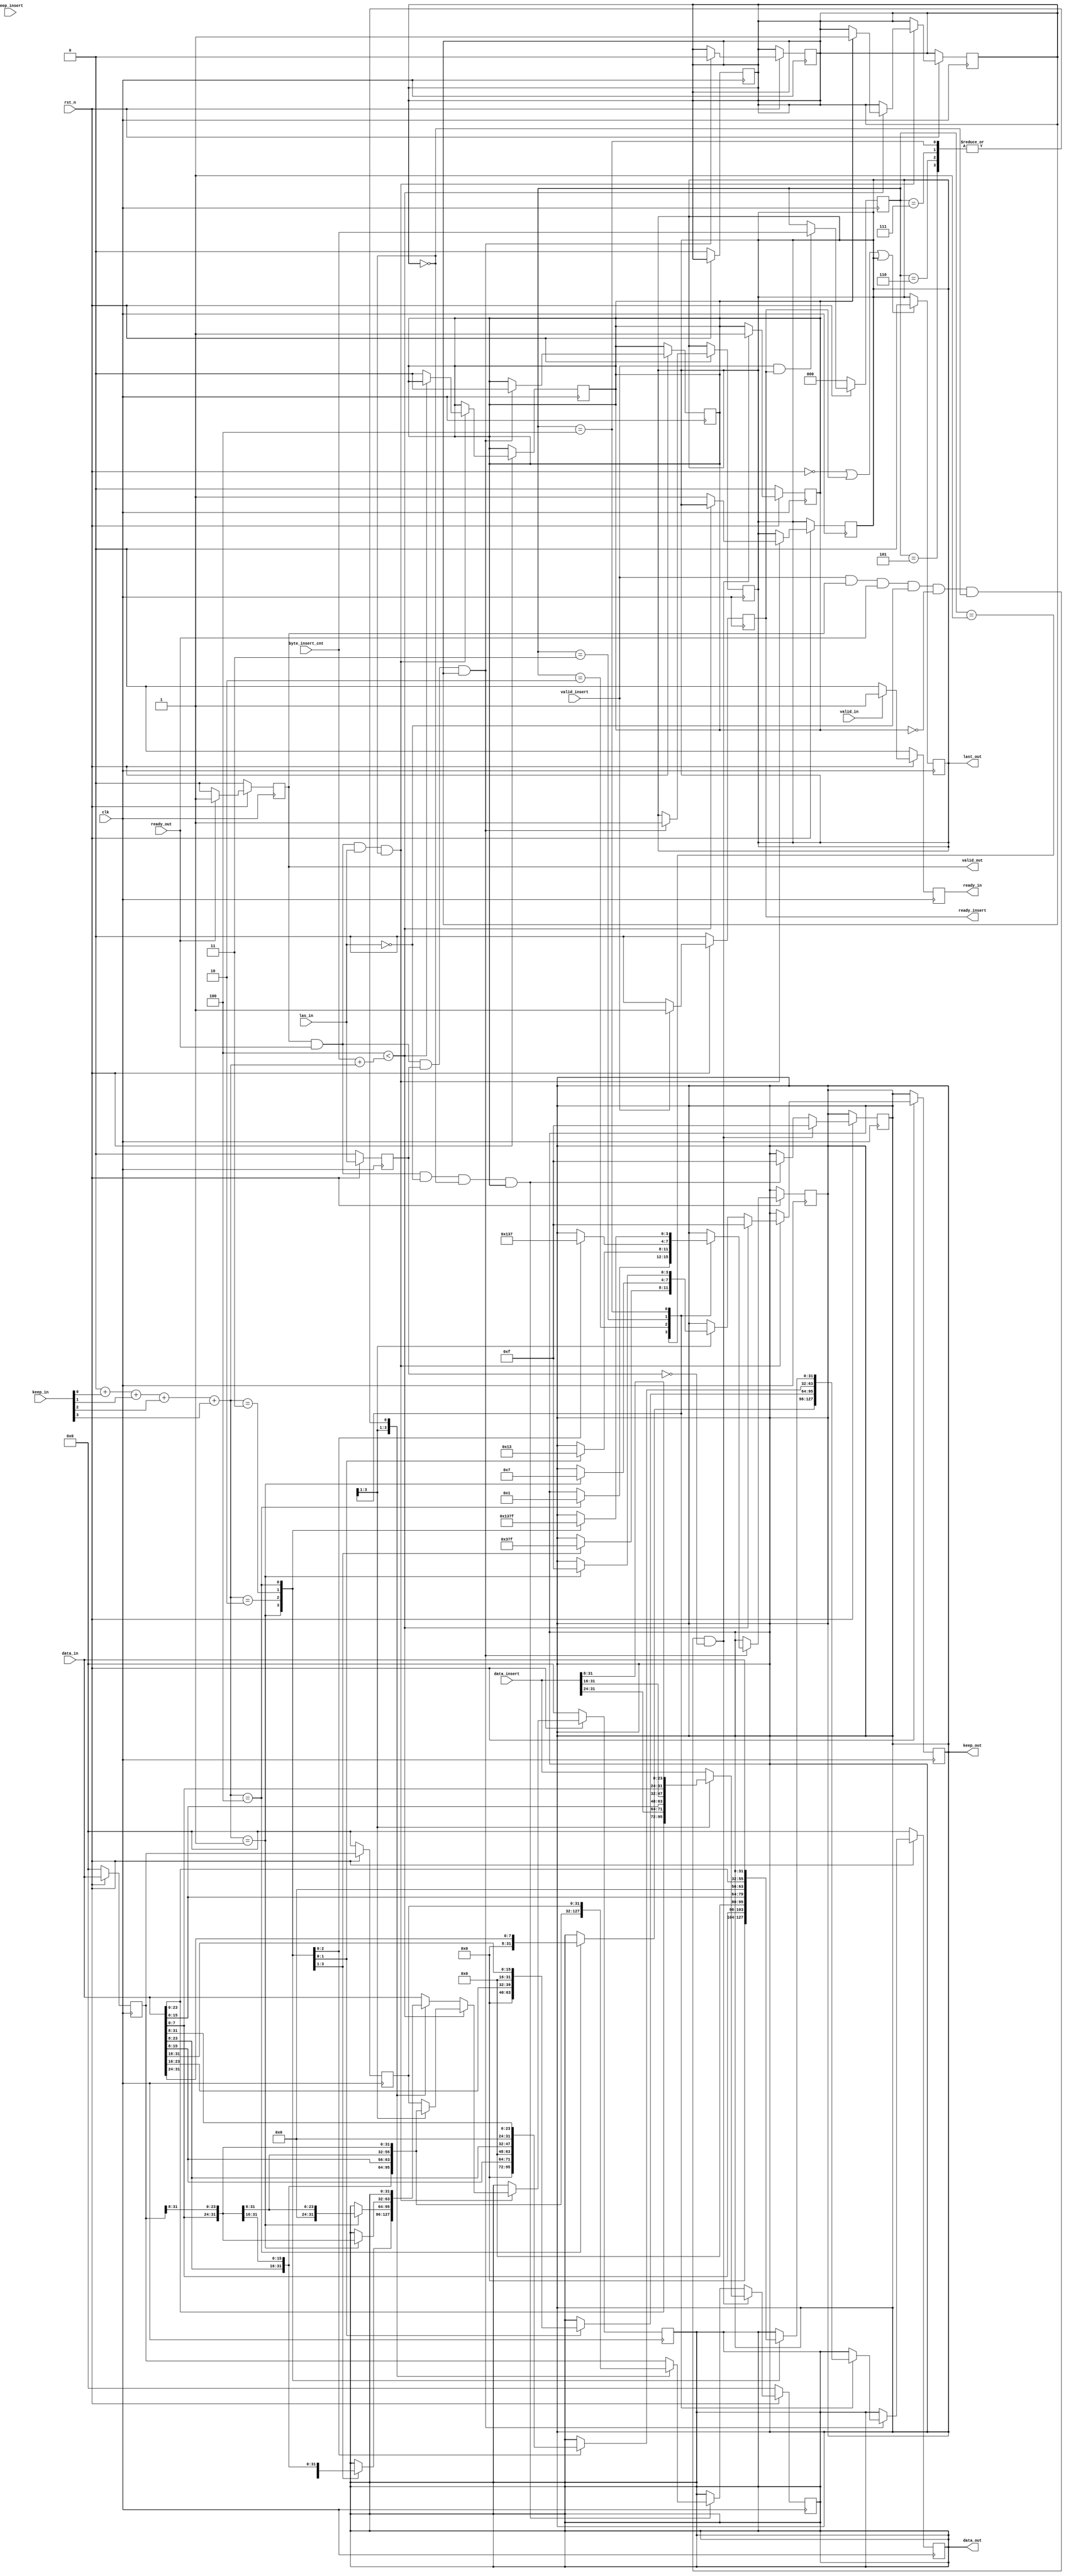
`timescale 1ns / 1ps
module axi_stream_insert_header_v3#(
    parameter                   DATA_WD=32,
    parameter                   DATA_BYTE_WD=DATA_WD/8,
    parameter                   BYTE_CNT_WD=$clog2(DATA_BYTE_WD)
)(
    input clk,
    input rst_n,
    
    //axi input orginal data
    input                       valid_in,
    input [DATA_WD-1:0]         data_in,
    input [DATA_BYTE_WD-1:0]    keep_in,
    input                       las_in,
    output                      ready_in,       //control r6
    //axi  output with header inseted
    output                      valid_out,      //control r1
    output [DATA_WD-1:0]        data_out,       //control r2
    output [DATA_BYTE_WD-1:0]   keep_out,       //control r3  
    output                      last_out,       //control r4
    input                       ready_out,      
    //header input to be inserted to axi stream
    input                       valid_insert,
    input [DATA_WD-1:0]         data_insert,
    input [DATA_BYTE_WD-1:0]    keep_insert,
    input [BYTE_CNT_WD:0]       byte_insert_cnt,
    output                      ready_insert    //control r5
);
    /*********************register*****************************/
    

    /*------------ data_out 2 data_in----------*/                                     
    reg                         r_ready_in;    
    /*------------ data_out 2 insert_in--------*/
    reg                         r_ready_insert;
    
    /*------------ data_out output------------*/  
    reg [DATA_WD-1:0]           r_data_out;
    reg [DATA_BYTE_WD-1:0]      r_keep_out;
    reg                         r_last_out;        
    reg                         r_valid_out;

    

    //reg                     r_byte_insert_cnt;   //store the value of insert_cnt

    

                        
    reg                         las_in_delay_1;
    reg [DATA_WD-1:0]           data_in_delay_1;   
    reg [DATA_BYTE_WD-1:0]      keep_in_delay_1;    
    reg                         las_in_delay;
    reg [DATA_WD-1:0]           data_in_delay;   //data_in from the former circle
    reg [DATA_BYTE_WD-1:0]      keep_in_delay;  //which will be used in compensatory burst

    reg                         count;          //a flag of the first transfer of data'1'
    reg                         compens;        // a flag of the compensatory transfer
    reg [BYTE_CNT_WD:0]         byte_in_cnt;
    reg [BYTE_CNT_WD:0]         byte_insert_cnt_temp;
    reg [BYTE_CNT_WD:0]         r_byte_insert_cnt;
    /****************************connection******************************/
    
    assign valid_out    =   r_valid_out;
    assign data_out     =   r_data_out;
    assign keep_out     =   r_keep_out;
    assign last_out     =   r_last_out;
    assign ready_insert =   r_ready_insert;

    assign ready_in     =   r_ready_in;
    /*********************combinational path*****************************/  
    integer i;
    always @(*) begin
        byte_in_cnt = 0;
        for (i = 0; i < DATA_BYTE_WD; i = i + 1) begin
            byte_in_cnt = byte_in_cnt + keep_in[i];
        end
    end
    
    always @(*) begin
        byte_insert_cnt_temp=byte_insert_cnt;
    end
    
    

    /*********************sequential data path*****************************/  
    
    always@(posedge clk)begin
    if (!rst_n) begin
    r_byte_insert_cnt=0; 
    end  
    else if(valid_insert&ready_insert)begin
    r_byte_insert_cnt=byte_insert_cnt_temp;
    end
    end
    
    
    
/****************************************data_out**************************************************/
/*------first cyle------- */

always @(posedge clk) begin
    if (!rst_n) begin
        r_data_out <= 0;
        count<=0;
    end 
    else if (valid_insert&r_valid_out&ready_out&~las_in&~count&~compens&~las_in_delay_1) begin
        r_keep_out<={(DATA_WD/8){1'b1}};
               count<=1;
        case (r_byte_insert_cnt)
            1: begin
                if(DATA_WD>=16)begin  
                r_data_out <= {data_in[DATA_WD-9:0], data_insert[DATA_WD-1:DATA_WD-8]};
                 end
                else
                r_data_out <=  data_insert;  
            end
        
            2: begin
                if(DATA_WD>=32)begin
                r_data_out <= {data_in[DATA_WD-17:0], data_insert[DATA_WD-1:DATA_WD-16]};
                end
                else
                r_data_out <=  data_insert;
            end
            3: begin
                if(DATA_WD>=32)begin
                r_data_out <= {data_in[DATA_WD-25:0], data_insert[DATA_WD-1:DATA_WD-24]};
                end
                else
                r_data_out <=  data_insert;
            end
            4: begin
                if(DATA_WD>=64)begin
                r_data_out <= {data_in[DATA_WD-33:0], data_insert[DATA_WD-1:DATA_WD-32]};
                end
                else
                r_data_out <=  data_insert;
            end
            5:begin
                if(DATA_WD>=64)begin
                r_data_out <= {data_in[DATA_WD-41:0], data_insert[DATA_WD-1:DATA_WD-40]};
                end
                else
                r_data_out <=  data_insert;
            end
            6:begin
                if(DATA_WD>=64)begin
                r_data_out <= {data_in[DATA_WD-49:0], data_insert[DATA_WD-1:DATA_WD-48]};
                end
                else
                r_data_out <=  data_insert;
            end
            7: begin
                if(DATA_WD>=64)begin
                r_data_out <= {data_in[DATA_WD-57:0], data_insert[DATA_WD-1:DATA_WD-56]};
                end
                else
                r_data_out <=  data_insert;
            end
            8: begin
                if(DATA_WD>=64)begin
                r_data_out <=  data_insert;
                end
            end
            default: r_data_out <=  data_insert;
        endcase
    end
    
//end

/*------middle cycle------- */
/* always @(posedge clk) begin
    if (!rst_n) begin
        r_data_out <= 0;
    end  */
    else if (r_valid_out&ready_out&~las_in&~compens&count) begin
        r_keep_out <= {(DATA_WD/8){1'b1}};
        
        case (r_byte_insert_cnt)        
            1: begin
                if (DATA_WD >= 16) begin
                    r_data_out <= {data_in[DATA_WD-9:0], data_in_delay_1[DATA_WD-1:DATA_WD-8]};
                end else begin
                    r_data_out <= data_in_delay;
                end
            end
            2: begin
                if (DATA_WD >= 32) begin
                    r_data_out <= {data_in[DATA_WD-17:0], data_in_delay_1[DATA_WD-1:DATA_WD-16]};
                end else begin
                    r_data_out <= data_in_delay;
                end
            end
            3: begin
                if (DATA_WD >= 32) begin
                    r_data_out <= {data_in[DATA_WD-25:0], data_in_delay_1[DATA_WD-1:DATA_WD-24]};
                end else begin
                    r_data_out <= data_in_delay;
                end
            end
            4: begin
                if (DATA_WD >= 64) begin
                    r_data_out <= {data_in[DATA_WD-33:0], data_in_delay_1[DATA_WD-1:DATA_WD-32]};
                end else begin
                    r_data_out <= data_in_delay;
                end
            end
            5: begin
                if (DATA_WD >= 64) begin
                    r_data_out <= {data_in[DATA_WD-41:0], data_in_delay_1[DATA_WD-1:DATA_WD-40]};
                end else begin
                    r_data_out <= data_in_delay;
                end
            end
            6: begin
                if (DATA_WD >= 64) begin
                    r_data_out <= {data_in[DATA_WD-49:0], data_in_delay_1[DATA_WD-1:DATA_WD-48]};
                end else begin
                    r_data_out <= data_in_delay;
                end
            end
            7: begin
                if (DATA_WD >= 64) begin
                    r_data_out <= {data_in[DATA_WD-57:0], data_in_delay_1[DATA_WD-1:DATA_WD-56]};
                end else begin
                    r_data_out <= data_in_delay;
                end
            end
            8: begin
                r_data_out <= data_in_delay_1;
            end
            default: r_data_out <= data_in_delay_1;
        endcase
    end
end

/*------last cycle------- */
always @(posedge clk) begin
    if (!rst_n) begin
        r_data_out <= 0;
    end else if (r_valid_out & ready_out & las_in & ~compens) begin
        if (DATA_BYTE_WD < byte_insert_cnt + byte_in_cnt) begin ////////////not yet
            r_keep_out <= {(DATA_WD/8){1'b1}};
            if (count == 1) begin
                compens <= 1;
            end
            case (r_byte_insert_cnt)
                1: begin
                    if (DATA_WD >= 16) begin
                        r_data_out <= {data_in[DATA_WD-9:0], data_in_delay_1[DATA_WD-1:DATA_WD-8]};
                    end else begin
                        r_data_out <= data_in_delay;
                    end
                end
                2: begin
                    if (DATA_WD >= 32) begin
                        r_data_out <= {data_in[DATA_WD-17:0], data_in_delay_1[DATA_WD-1:DATA_WD-16]};
                    end else begin
                        r_data_out <= data_in_delay;
                    end
                end
                3: begin
                    if (DATA_WD >= 32) begin
                        r_data_out <= {data_in[DATA_WD-25:0], data_in_delay_1[DATA_WD-1:DATA_WD-24]};
                    end else begin
                        r_data_out <= data_in_delay;
                    end
                end
                4: begin
                    if (DATA_WD >= 64) begin
                        r_data_out <= {data_in[DATA_WD-33:0], data_in_delay_1[DATA_WD-1:DATA_WD-32]};
                    end else begin
                        r_data_out <= data_in_delay;
                    end
                end
                5: begin
                    if (DATA_WD >= 64) begin
                        r_data_out <= {data_in[DATA_WD-41:0], data_in_delay_1[DATA_WD-1:DATA_WD-40]};
                    end else begin
                        r_data_out <= data_in_delay;
                    end
                end
                6: begin
                    if (DATA_WD >= 64) begin
                        r_data_out <= {data_in[DATA_WD-49:0], data_in_delay_1[DATA_WD-1:DATA_WD-48]};
                    end else begin
                        r_data_out <= data_in_delay;
                    end
                end
                7: begin
                    if (DATA_WD >= 64) begin
                        r_data_out <= {data_in[DATA_WD-57:0], data_in_delay_1[DATA_WD-1:DATA_WD-56]};
                    end else begin
                        r_data_out <= data_in_delay;
                    end
                end
                8: begin
                    r_data_out <= data_in_delay;
                end
                default: r_data_out <= data_in_delay;
            endcase
        end 

        else ////finished
        begin
            r_last_out<=1;
            count <= 0;
            case (r_byte_insert_cnt)
                1: begin
                    case (byte_in_cnt)
                        1: begin
                            if(DATA_WD >= 16) begin
                                r_data_out <= {{(DATA_WD-16){1'b0}}, data_in[7:0], data_in_delay_1[DATA_WD-1:DATA_WD-8]};
                                r_keep_out <= {{((DATA_WD-16)/8){1'b0}}, {1{1'b1}}, {1{1'b1}}};
                            end else begin

                            end
                        
                        end 
                        2: begin
                            if(DATA_WD >= 32) begin
                                r_data_out <= {{(DATA_WD-24){1'b0}}, data_in[15:0], data_in_delay_1[DATA_WD-1:DATA_WD-8]};
                                r_keep_out <= {{((DATA_WD-24)/8){1'b0}}, {2{1'b1}}, {1{1'b1}}};
                            end else begin
                                //r_data_out <= {data_in[7:0], data_in_delay[DATA_WD-1:DATA_WD-8]};
                                //r_keep_out <= {{1{1'b1}}, {1{1'b1}}};
                            end
                        end
                        3: begin
                            if(DATA_WD >= 32) begin
                                r_data_out <= {{(DATA_WD-32){1'b0}}, data_in[23:0], data_in_delay_1[DATA_WD-1:DATA_WD-8]};
                                r_keep_out <= {{((DATA_WD-32)/8){1'b0}}, {3{1'b1}}, {1{1'b1}}};
                            end else begin
                                //r_data_out <= {data_in[7:0], data_in_delay[DATA_WD-1:DATA_WD-8]};
                                //r_keep_out <= {{3{1'b1}}, {1{1'b1}}};
                            end
                        end
                        4: begin
                            if(DATA_WD >= 64) begin
                                r_data_out <= {{(DATA_WD-40){1'b0}}, data_in[31:0], data_in_delay_1[DATA_WD-1:DATA_WD-8]};
                                r_keep_out <= {{((DATA_WD-40)/8){1'b0}}, {4{1'b1}}, {1{1'b1}}};
                            end else begin
                                //r_data_out <= {data_in[7:0], data_in_delay[DATA_WD-1:DATA_WD-8]};
                                //r_keep_out <= {{4{1'b1}}, {1{1'b1}}};
                            end
                        end
                        5: begin
                            if(DATA_WD >= 64) begin
                                r_data_out <= {{(DATA_WD-48){1'b0}}, data_in[39:0], data_in_delay_1[DATA_WD-1:DATA_WD-8]};
                                r_keep_out <= {{((DATA_WD-48)/8){1'b0}}, {5{1'b1}}, {1{1'b1}}};
                            end else begin
                                //r_data_out <= {data_in[7:0], data_in_delay[DATA_WD-1:DATA_WD-8]};
                                //r_keep_out <= {{5{1'b1}}, {1{1'b1}}};
                            end
                        end
                        6: begin
                            if(DATA_WD >= 64) begin
                                r_data_out <= {{(DATA_WD-56){1'b0}}, data_in[47:0], data_in_delay_1[DATA_WD-1:DATA_WD-8]};
                                r_keep_out <= {{((DATA_WD-56)/8){1'b0}}, {6{1'b1}}, {1{1'b1}}};
                            end else begin
                                //r_data_out <= {data_in[7:0], data_in_delay[DATA_WD-1:DATA_WD-8]};
                                //r_keep_out <= {{1{1'b1}}, {1{1'b1}}};
                            end
                        end
                        7: begin
                            if(DATA_WD >= 64) begin
                                r_data_out <= {data_in[55:0], data_in_delay_1[DATA_WD-1:DATA_WD-8]};
                                r_keep_out <= {{((DATA_WD-64)/8){1'b0}}, {6{1'b1}}, {2{1'b1}}};
                            end else begin
                                //r_data_out <= {data_in[7:0], data_in_delay[DATA_WD-1:DATA_WD-8]};
                                //r_keep_out <= {{1{1'b1}}, {1{1'b1}}};
                            end
                        end
                    endcase                
                end
                2: begin
                    case (byte_in_cnt)
                        1: begin
                            if(DATA_WD >= 32) begin
                                r_data_out <= {{(DATA_WD-24){1'b0}}, data_in[7:0], data_in_delay_1[DATA_WD-1:DATA_WD-16]};
                                r_keep_out <= {{((DATA_WD-24)/8){1'b0}}, {1{1'b1}}, {2{1'b1}}};
                            end else begin
                                
                            end
                        end
                        2: begin
                            if(DATA_WD >= 64) begin
                                r_data_out <= {{(DATA_WD-32){1'b0}}, data_in[15:0], data_in_delay_1[DATA_WD-1:DATA_WD-16]};
                                r_keep_out <= {{((DATA_WD-32)/8){1'b0}}, {2{1'b1}}, {2{1'b1}}};
                            end else begin
                                
                            end
                        end
                        3: begin
                            if(DATA_WD >= 64) begin
                                r_data_out <= {{(DATA_WD-40){1'b0}}, data_in[23:0], data_in_delay_1[DATA_WD-1:DATA_WD-16]};
                                r_keep_out <= {{((DATA_WD-40)/8){1'b0}}, {3{1'b1}}, {2{1'b1}}};
                            end else begin
                            end
                        end
                        4: begin
                            if(DATA_WD >= 64) begin
                                r_data_out <= {{(DATA_WD-48){1'b0}}, data_in[31:0], data_in_delay_1[DATA_WD-1:DATA_WD-16]};
                                r_keep_out <= {{((DATA_WD-48)/8){1'b0}}, {4{1'b1}}, {2{1'b1}}};
                            end else begin
                            end
                        end
                        5: begin
                            if(DATA_WD >= 64) begin
                                r_data_out <= {{(DATA_WD-56){1'b0}}, data_in[39:0], data_in_delay_1[DATA_WD-1:DATA_WD-16]};
                                r_keep_out <= {{((DATA_WD-56)/8){1'b0}}, {5{1'b1}}, {2{1'b1}}};
                            end else begin
                            end
                        end
                        6: begin
                            if(DATA_WD >= 64) begin
                                r_data_out <= {{(DATA_WD-64){1'b0}}, data_in[47:0], data_in_delay_1[DATA_WD-1:DATA_WD-16]};
                                r_keep_out <= {{((DATA_WD-64)/8){1'b0}}, {6{1'b1}}, {2{1'b1}}};
                            end else begin
                            end
                        end
                    endcase
                end
                3: begin
                    case (byte_in_cnt)
                        1: begin
                            if(DATA_WD >= 32) begin
                                r_data_out <= {{(DATA_WD-32){1'b0}}, data_in[7:0], data_in_delay_1[DATA_WD-1:DATA_WD-24]};
                                r_keep_out <= {{((DATA_WD-32)/8){1'b0}}, {1{1'b1}}, {3{1'b1}}};
                            end else begin
                            end
                        end
                        2: begin
                            if(DATA_WD >= 64) begin
                                r_data_out <= {{(DATA_WD-40){1'b0}}, data_in[15:0], data_in_delay_1[DATA_WD-1:DATA_WD-24]};
                                r_keep_out <= {{((DATA_WD-40)/8){1'b0}}, {2{1'b1}}, {3{1'b1}}};
                            end else begin
                            end
                        end
                        3: begin
                            if(DATA_WD >= 64) begin
                                r_data_out <= {{(DATA_WD-48){1'b0}}, data_in[23:0], data_in_delay_1[DATA_WD-1:DATA_WD-24]};
                                r_keep_out <= {{((DATA_WD-48)/8){1'b0}}, {3{1'b1}}, {3{1'b1}}};
                            end else begin
                            end
                        end
                        4: begin
                            if(DATA_WD >= 64) begin
                                r_data_out <= {{(DATA_WD-56){1'b0}}, data_in[31:0], data_in_delay_1[DATA_WD-1:DATA_WD-24]};
                                r_keep_out <= {{((DATA_WD-56)/8){1'b0}}, {4{1'b1}}, {3{1'b1}}};
                            end else begin
                            end
                        end
                        5: begin
                            if(DATA_WD >= 64) begin
                                r_data_out <= {{(DATA_WD-64){1'b0}}, data_in[39:0], data_in_delay_1[DATA_WD-1:DATA_WD-24]};
                                r_keep_out <= {{((DATA_WD-64)/8){1'b0}}, {5{1'b1}}, {3{1'b1}}};
                            end else begin
                            end
                        end
                    endcase
                end
                4: begin
                    case (byte_in_cnt)
                        1: begin
                            if(DATA_WD >= 64) begin
                                r_data_out <= {{(DATA_WD-40){1'b0}}, data_in[7:0], data_in_delay_1[DATA_WD-1:DATA_WD-32]};
                                r_keep_out <= {{((DATA_WD-40)/8){1'b0}}, {1{1'b1}}, {4{1'b1}}};
                            end else begin
                            end
                        end
                        2: begin
                            if(DATA_WD >= 64) begin
                                r_data_out <= {{(DATA_WD-48){1'b0}}, data_in[15:0], data_in_delay_1[DATA_WD-1:DATA_WD-32]};
                                r_keep_out <= {{((DATA_WD-48)/8){1'b0}}, {2{1'b1}}, {4{1'b1}}};
                            end else begin
                            end
                        end
                        3: begin
                            if(DATA_WD >= 64) begin
                                r_data_out <= {{(DATA_WD-56){1'b0}}, data_in[23:0], data_in_delay_1[DATA_WD-1:DATA_WD-32]};
                                r_keep_out <= {{((DATA_WD-56)/8){1'b0}}, {3{1'b1}}, {4{1'b1}}};
                            end else begin
                            end
                        end
                        4: begin
                            if(DATA_WD >= 64) begin
                                r_data_out <= {{(DATA_WD-64){1'b0}}, data_in[31:0], data_in_delay_1[DATA_WD-1:DATA_WD-32]};
                                r_keep_out <= {{((DATA_WD-64)/8){1'b0}}, {4{1'b1}}, {4{1'b1}}};
                            end else begin
                            end
                        end
                    endcase
                end
                5: begin
                    case (byte_in_cnt)
                        1: begin
                            if (DATA_WD >= 64) begin
                                r_data_out <= {{(DATA_WD-48){1'b0}}, data_in[7:0], data_in_delay_1[DATA_WD-1:DATA_WD-40]};
                                r_keep_out <= {{((DATA_WD-48)/8){1'b0}}, {1{1'b1}}, {5{1'b1}}};
                            end else begin
                            end
                        end
                        2: begin
                            if (DATA_WD >= 64) begin
                                r_data_out <= {{(DATA_WD-56){1'b0}}, data_in[15:0], data_in_delay_1[DATA_WD-1:DATA_WD-40]};
                                r_keep_out <= {{((DATA_WD-56)/8){1'b0}}, {2{1'b1}}, {5{1'b1}}};
                            end else begin
                            end
                        end
                        3: begin
                            if (DATA_WD >= 64) begin
                                r_data_out <= {{(DATA_WD-64){1'b0}}, data_in[23:0], data_in_delay_1[DATA_WD-1:DATA_WD-40]};
                                r_keep_out <= {{((DATA_WD-64)/8){1'b0}}, {3{1'b1}}, {5{1'b1}}};
                            end else begin
                            end
                        end
                    endcase
                end
                6: begin
                    case (byte_in_cnt)
                        1: begin
                            if (DATA_WD >= 64) begin
                                r_data_out <= {{(DATA_WD-56){1'b0}}, data_in[7:0], data_in_delay_1[DATA_WD-1:DATA_WD-48]};
                                r_keep_out <= {{((DATA_WD-56)/8){1'b0}}, {1{1'b1}}, {6{1'b1}}};
                            end else begin
                            end
                        end
                        2: begin
                            if (DATA_WD >= 64) begin
                                r_data_out <= {{(DATA_WD-64){1'b0}}, data_in[15:0], data_in_delay_1[DATA_WD-1:DATA_WD-48]};
                                r_keep_out <= {{((DATA_WD-64)/8){1'b0}}, {2{1'b1}}, {6{1'b1}}};
                            end else begin
                            end
                        end
                    endcase
                end
                7: begin
                    case (byte_in_cnt)
                        1: begin
                            if (DATA_WD >= 64) begin
                                r_data_out <= {{(DATA_WD-64){1'b0}}, data_in[7:0], data_in_delay_1[DATA_WD-1:DATA_WD-56]};
                                r_keep_out <= {{((DATA_WD-64)/8){1'b0}}, {1{1'b1}}, {7{1'b1}}};
                            end 
							else begin
                            end
                        end
                    endcase
                end
                default: r_data_out <= data_in;
            endcase
        end
    end
end

///*------stable cycle------- */
//always @(posedge clk) begin
//    if (!rst_n) begin
//        r_data_out <= 0;
//    end else if (r_valid_out & ready_out & r_last_out & ~compens) begin
//        r_data_out <= 0;
//        r_keep_out <= {(DATA_WD/8){1'b0}};
//    end
//end

/*------compensatory cyle------- */
always @(posedge clk) begin
    if (!rst_n) begin
        r_data_out <= 0;
    end 
    else if (r_valid_out & ready_out & las_in_delay_1 & compens) begin
        r_last_out <= 1;
        count <= 0;
        compens <= 0;
        case (r_byte_insert_cnt)
            1: begin
                case (byte_in_cnt)
                    1: begin
                        if (DATA_WD == 8) begin
                            r_data_out <= {{(2 * DATA_WD - 16){1'b0}}, data_in[7:DATA_WD-8]};
                            r_keep_out <= {{((2 * DATA_WD - 16) / 8){1'b0}}, {((16 - DATA_WD) / 8){1'b1}}};
                        end    
                    end
                    2: begin
                        if (DATA_WD == 16) begin
                            r_data_out <= {{(2 * DATA_WD - 24){1'b0}}, data_in[15:DATA_WD-8]};
                            r_keep_out <= {{((2 * DATA_WD - 24) / 8){1'b0}}, {((24 - DATA_WD) / 8){1'b1}}};
                        end
                        else begin
                        end
                    end
                    3: begin
                        if (DATA_WD == 16) begin
                            r_data_out <= {{(2 * DATA_WD - 32){1'b0}}, data_in[23:DATA_WD-8]};
                            r_keep_out <= {{((2 * DATA_WD - 32) / 8){1'b0}}, {((32 - DATA_WD) / 8){1'b1}}};
                        end
                        else begin
                        end
                    end
                    4: begin
                        if (DATA_WD == 32) begin
                            r_data_out <= {{(2 * DATA_WD - 40){1'b0}}, data_in[31:DATA_WD-8]};
                            r_keep_out <= {{((2 * DATA_WD - 40) / 8){1'b0}}, {((40 - DATA_WD) / 8){1'b1}}};
                        end
                        else begin
                        end
                    end
                    5: begin
                        if (DATA_WD == 32) begin
                        end
                    end
                    6: begin
                        if (DATA_WD == 32) begin
                        end
                    end
                    7: begin
                        if (DATA_WD == 32) begin
                        end
                    end
                    8: begin
                        if (DATA_WD == 64) begin
                            r_data_out <= {{(2 * DATA_WD - 56){1'b0}}, data_in[63:DATA_WD-8]};
                            r_keep_out <= {{((2 * DATA_WD - 64) / 8){1'b0}}, {((64 - DATA_WD) / 8){1'b1}}};
                        end
                    end
                endcase
            end
            2: begin
                case (byte_in_cnt)
                    1: begin
                        if (DATA_WD == 16) begin
                            r_data_out <= {{(2 * DATA_WD - 24){1'b0}}, data_in[7:DATA_WD-16]};
                            r_keep_out <= {{((2 * DATA_WD - 24) / 8){1'b0}}, {((24 - DATA_WD) / 8){1'b1}}};
                        end
                    end
                    2: begin
                        if (DATA_WD == 16) begin
                            r_data_out <= {{(2 * DATA_WD - 32){1'b0}}, data_in[15:DATA_WD-16]};
                            r_keep_out <= {{((2 * DATA_WD - 32) / 8){1'b0}}, {((32 - DATA_WD) / 8){1'b1}}};
                        end
                    end
                    3: begin
                        if (DATA_WD == 32) begin
                            r_data_out <= {{(2 * DATA_WD - 40){1'b0}}, data_in[23:DATA_WD-16]};
                            r_keep_out <= {{((2 * DATA_WD - 40) / 8){1'b0}}, {((40 - DATA_WD) / 8){1'b1}}};
                        end
                    end
                    4: begin
                        if (DATA_WD == 32) begin
                            r_data_out <= {{(2 * DATA_WD - 48){1'b0}}, data_in[31:DATA_WD-16]};
                            r_keep_out <= {{((2 * DATA_WD - 48) / 8){1'b0}}, {((48 - DATA_WD) / 8){1'b1}}};
                        end
                    end
                    5: begin
                    end
                    6: begin
                    end
                    7: begin
                        if (DATA_WD == 64) begin
                            r_data_out <= {{(2 * DATA_WD - 72){1'b0}}, data_in[55:DATA_WD-16]};
                            r_keep_out <= {{((2 * DATA_WD - 72) / 8){1'b0}}, {((72 - DATA_WD) / 8){1'b1}}};
                        end
                    end
                    8: begin
                        if (DATA_WD == 64) begin
                            r_data_out <= {{(2 * DATA_WD - 80){1'b0}}, data_in[63:DATA_WD-16]};
                            r_keep_out <= {{((2 * DATA_WD - 80) / 8){1'b0}}, {((80 - DATA_WD) / 8){1'b1}}};
                        end
                    end
                endcase
            end
            3: begin
                case (byte_in_cnt)
                    1: begin
                        if (DATA_WD == 32) begin
                        end
                    end
                    2: begin
                        if (DATA_WD == 32) begin
                            r_data_out <= {{(2 * DATA_WD - 40){1'b0}}, data_in[15:DATA_WD-24]};
                            r_keep_out <= {{((2 * DATA_WD - 40) / 8){1'b0}}, {((40 - DATA_WD) / 8){1'b1}}};
                        end
                    end
                    3: begin
                        if (DATA_WD == 32) begin
                            r_data_out <= {{(2 * DATA_WD - 48){1'b0}}, data_in[23:DATA_WD-24]};
                            r_keep_out <= {{((2 * DATA_WD - 48) / 8){1'b0}}, {((48 - DATA_WD) / 8){1'b1}}};
                        end
                    end

                    4: begin
                        if (DATA_WD == 32) begin
                            r_data_out <= {{(2 * DATA_WD - 56){1'b0}}, data_in[31:DATA_WD-24]};
                            r_keep_out <= {{((2 * DATA_WD - 56) / 8){1'b0}}, {((56 - DATA_WD) / 8){1'b1}}};
                        end
                    end
                    5: begin
                    end
                    6: begin
                        if (DATA_WD == 64) begin
                            r_data_out <= {{(2 * DATA_WD - 72){1'b0}}, data_in[47:DATA_WD-24]};
                            r_keep_out <= {{((2 * DATA_WD - 72) / 8){1'b0}}, {((72 - DATA_WD) / 8){1'b1}}};
                        end
                    end
                    7: begin
                        if (DATA_WD == 64) begin
                            r_data_out <= {{(2 * DATA_WD - 80){1'b0}}, data_in[55:DATA_WD-24]};
                            r_keep_out <= {{((2 * DATA_WD - 80) / 8){1'b0}}, {((80 - DATA_WD) / 8){1'b1}}};
                        end
                    end
                    8: begin
                        if (DATA_WD == 64) begin
                            r_data_out <= {{(2 * DATA_WD - 88){1'b0}}, data_in[63:DATA_WD-24]};
                            r_keep_out <= {{((2 * DATA_WD - 88) / 8){1'b0}}, {((88 - DATA_WD) / 8){1'b1}}};
                        end
                    end
                endcase
            end
            4: begin
                case (byte_in_cnt)
                    1: begin
                        if (DATA_WD == 32) begin
                            r_data_out <= {{(2 * DATA_WD - 40){1'b0}}, data_in[7:DATA_WD-32]};
                            r_keep_out <= {{((2 * DATA_WD - 40) / 8){1'b0}}, {((40 - DATA_WD) / 8){1'b1}}};
                        end
                    end
                    2: begin
                        if (DATA_WD == 32) begin
                            r_data_out <= {{(2 * DATA_WD - 48){1'b0}}, data_in[15:DATA_WD-32]};
                            r_keep_out <= {{((2 * DATA_WD - 48) / 8){1'b0}}, {((48 - DATA_WD) / 8){1'b1}}};
                        end
                    end
                    3: begin
                        if (DATA_WD == 32) begin
                            r_data_out <= {{(2 * DATA_WD - 56){1'b0}}, data_in[23:DATA_WD-32]};
                            r_keep_out <= {{((2 * DATA_WD - 56) / 8){1'b0}}, {((56 - DATA_WD) / 8){1'b1}}};
                        end
                    end
                    4: begin
                        if (DATA_WD == 32) begin
                            r_data_out <= {{(2 * DATA_WD - 64){1'b0}}, data_in[31:DATA_WD-32]};
                            r_keep_out <= {{((2 * DATA_WD - 64) / 8){1'b0}}, {((64 - DATA_WD) / 8){1'b1}}};
                        end
                    end
                    5: begin
                        if (DATA_WD == 64) begin
                            r_data_out <= {{(2 * DATA_WD - 72){1'b0}}, data_in[39:DATA_WD-32]};
                            r_keep_out <= {{((2 * DATA_WD - 72) / 8){1'b0}}, {((72 - DATA_WD) / 8){1'b1}}};
                        end
                    end
                    6: begin
                        if (DATA_WD == 64) begin
                            r_data_out <= {{(2 * DATA_WD - 80){1'b0}}, data_in[47:DATA_WD-32]};
                            r_keep_out <= {{((2 * DATA_WD - 80) / 8){1'b0}}, {((80 - DATA_WD) / 8){1'b1}}};
                        end
                    end
                    7: begin
                        if (DATA_WD == 64) begin
                            r_data_out <= {{(2 * DATA_WD - 88){1'b0}}, data_in[55:DATA_WD-32]};
                            r_keep_out <= {{((2 * DATA_WD - 88) / 8){1'b0}}, {((88 - DATA_WD) / 8){1'b1}}};
                        end
                    end
                    8: begin
                        if (DATA_WD == 64) begin
                            r_data_out <= {{(2 * DATA_WD - 96){1'b0}}, data_in[63:DATA_WD-32]};
                            r_keep_out <= {{((2 * DATA_WD - 96) / 8){1'b0}}, {((96 - DATA_WD) / 8){1'b1}}};
                        end
                    end
                endcase
            end

                5: begin
                    case (byte_in_cnt)
                        1: begin
                            if (DATA_WD == 64) begin

                            end
                        end
                        2: begin
                            if (DATA_WD == 64) begin

                            end
                        end
                        3: begin
                            if (DATA_WD == 64) begin

                            end
                        end
                        4: begin
                            if (DATA_WD == 64) begin
                                r_data_out <= {{(2 * DATA_WD - 72){1'b0}}, data_in[31:DATA_WD-40]};
                                r_keep_out <= {{((2 * DATA_WD - 72) / 8){1'b0}}, {((72 - DATA_WD) / 8){1'b1}}};
                            end
                        end
                        
                        5: begin
                            if (DATA_WD == 64) begin
                                r_data_out <= {{(2 * DATA_WD - 80){1'b0}}, data_in[39:DATA_WD-40]};
                                r_keep_out <= {{((2 * DATA_WD - 80) / 8){1'b0}}, {(80 - DATA_WD){1'b1}}}; 
                            end 
                        end
                        6: begin
                            if (DATA_WD == 64) begin
                                r_data_out <= {{(2 * DATA_WD - 88){1'b0}}, data_in[47:DATA_WD-40]};
                                r_keep_out <= {{((2 * DATA_WD - 88) / 8){1'b0}}, {(88 - DATA_WD) / 8{1'b1}}};
                            end
                        end
                        7: begin
                            if (DATA_WD == 64) begin
                                r_data_out <= {{(2 * DATA_WD - 96){1'b0}}, data_in[55:DATA_WD-40]};
                                r_keep_out <= {{((2 * DATA_WD - 96) / 8){1'b0}}, {((96 - DATA_WD) / 8){1'b1}}};
                            end
                        end
                        8: begin
                            if (DATA_WD == 64) begin
                                r_data_out <= {{(2 * DATA_WD - 104){1'b0}}, data_in[63:DATA_WD-40]};
                                r_keep_out <= {{((2 * DATA_WD - 104) / 8){1'b0}}, {((104 - DATA_WD) / 8){1'b1}}};
                            end
                        end    
                    endcase                        
                end
                6: begin
                    case (byte_in_cnt)
                        1: begin
                            if (DATA_WD == 64) begin

                            end
                        end
                        2: begin
                            if (DATA_WD == 64) begin

                            end
                        end
                        3: begin
                            if (DATA_WD == 64) begin
                                r_data_out <= {{(2 * DATA_WD - 72){1'b0}}, data_in[23:DATA_WD-48]};
                                r_keep_out <= {{((2 * DATA_WD - 72) / 8){1'b0}}, {(72 - DATA_WD){1'b1}}}; 
                            end
                        end
                        4: begin
                            if (DATA_WD == 64) begin
                                r_data_out <= {{(2 * DATA_WD - 80){1'b0}}, data_in[31:DATA_WD-48]};
                                r_keep_out <= {{((2 * DATA_WD - 80) / 8){1'b0}}, {((80 - DATA_WD) / 8){1'b1}}};
                            end
                        end
                        
                        5: begin
                            if (DATA_WD == 64) begin
                                r_data_out <= {{(2 * DATA_WD - 88){1'b0}}, data_in[39:DATA_WD-48]};
                                r_keep_out <= {{((2 * DATA_WD - 88) / 8){1'b0}}, {(88 - DATA_WD){1'b1}}}; 
                            end 
                        end
                        6: begin
                            if (DATA_WD == 64) begin
                                r_data_out <= {{(2 * DATA_WD - 96){1'b0}}, data_in[47:DATA_WD-48]};
                                r_keep_out <= {{((2 * DATA_WD - 96) / 8){1'b0}}, {(96 - DATA_WD) / 8{1'b1}}};
                            end
                        end
                        7: begin
                            if (DATA_WD == 64) begin
                                r_data_out <= {{(2 * DATA_WD - 104){1'b0}}, data_in[55:DATA_WD-48]};
                                r_keep_out <= {{((2 * DATA_WD - 104) / 8){1'b0}}, {((104 - DATA_WD) / 8){1'b1}}};
                            end
                        end
                        8: begin
                            if (DATA_WD == 64) begin
                                r_data_out <= {{(2 * DATA_WD - 112){1'b0}}, data_in[63:DATA_WD-48]};
                                r_keep_out <= {{((2 * DATA_WD - 112) / 8){1'b0}}, {((112 - DATA_WD) / 8){1'b1}}};
                            end
                        end    
                    endcase                    
                end
                7: begin
                    case (byte_in_cnt)
                        1: begin
                            if (DATA_WD == 64) begin

                            end
                        end
                        2: begin
                            if (DATA_WD == 64) begin
                                r_data_out <= {{(2 * DATA_WD - 72){1'b0}}, data_in[15:DATA_WD-56]};
                                r_keep_out <= {{((2 * DATA_WD - 72) / 8){1'b0}}, {(72 - DATA_WD){1'b1}}}; 
                            end
                        end
                        3: begin
                            if (DATA_WD == 64) begin
                                r_data_out <= {{(2 * DATA_WD - 80){1'b0}}, data_in[23:DATA_WD-56]};
                                r_keep_out <= {{((2 * DATA_WD - 80) / 8){1'b0}}, {(80 - DATA_WD){1'b1}}}; 
                            end
                        end
                        4: begin
                            if (DATA_WD == 64) begin
                                r_data_out <= {{(2 * DATA_WD - 88){1'b0}}, data_in[31:DATA_WD-56]};
                                r_keep_out <= {{((2 * DATA_WD - 88) / 8){1'b0}}, {((88 - DATA_WD) / 8){1'b1}}};
                            end

                        end
                        
                        5: begin
                            if (DATA_WD == 64) begin
                                r_data_out <= {{(2 * DATA_WD - 96){1'b0}}, data_in[39:DATA_WD-56]};
                                r_keep_out <= {{((2 * DATA_WD - 96) / 8){1'b0}}, {(96 - DATA_WD){1'b1}}}; 
                            end 
                        end
                        6: begin
                            if (DATA_WD == 64) begin
                                r_data_out <= {{(2 * DATA_WD - 104){1'b0}}, data_in[47:DATA_WD-56]};
                                r_keep_out <= {{((2 * DATA_WD - 104) / 8){1'b0}}, {(104 - DATA_WD) / 8{1'b1}}};
                            end
                        end
                        7: begin
                            if (DATA_WD == 64) begin
                                r_data_out <= {{(2 * DATA_WD - 112){1'b0}}, data_in[55:DATA_WD-56]};
                                r_keep_out <= {{((2 * DATA_WD - 112) / 8){1'b0}}, {((112 - DATA_WD) / 8){1'b1}}};
                            end
                        end
                        8: begin
                            if (DATA_WD == 64) begin
                                r_data_out <= {{(2 * DATA_WD - 120){1'b0}}, data_in[63:DATA_WD-56]};
                                r_keep_out <= {{((2 * DATA_WD - 120) / 8){1'b0}}, {((120 - DATA_WD) / 8){1'b1}}};
                            end
                        end                                    
                    endcase
                end
                        
                8: begin
                    case (byte_in_cnt)
                        1: begin
                            if (DATA_WD == 64) begin
                                r_data_out <= {{(2 * DATA_WD - 72){1'b0}}, data_in[7:0]};
                                r_keep_out <= {{((2 * DATA_WD - 72) / 8){1'b0}}, {(72 - DATA_WD){1'b1}}}; 
                            end
                        end
                        2: begin
                            if (DATA_WD == 64) begin
                                r_data_out <= {{(2 * DATA_WD - 80){1'b0}}, data_in[15:0]};
                                r_keep_out <= {{((2 * DATA_WD - 80) / 8){1'b0}}, {(80 - DATA_WD){1'b1}}}; 
                            end
                        end
                        3: begin
                            if (DATA_WD == 64) begin
                                r_data_out <= {{(2 * DATA_WD - 88){1'b0}}, data_in[23:0]};
                                r_keep_out <= {{((2 * DATA_WD - 88) / 8){1'b0}}, {(88 - DATA_WD){1'b1}}}; 
                            end
                        end
                        4: begin
                            if (DATA_WD == 64) begin
                                r_data_out <= {{(2 * DATA_WD - 96){1'b0}}, data_in[31:0]};
                                r_keep_out <= {{((2 * DATA_WD - 96) / 8){1'b0}}, {((96 - DATA_WD) / 8){1'b1}}};
                            end
                        end
                        
                        5: begin
                            if (DATA_WD == 64) begin
                                r_data_out <= {{(2 * DATA_WD - 104){1'b0}}, data_in[39:0]};
                                r_keep_out <= {{((2 * DATA_WD - 104) / 8){1'b0}}, {(104 - DATA_WD){1'b1}}}; 
                            end 
                        end
                        6: begin
                            if (DATA_WD == 64) begin
                                r_data_out <= {{(2 * DATA_WD - 112){1'b0}}, data_in[47:0]};
                                r_keep_out <= {{((2 * DATA_WD - 112) / 8){1'b0}}, {(112 - DATA_WD) / 8{1'b1}}};
                            end
                        end
                        7: begin
                            if (DATA_WD == 64) begin
                                r_data_out <= {{(2 * DATA_WD - 120){1'b0}}, data_in[55:0]};
                                r_keep_out <= {{((2 * DATA_WD - 120) / 8){1'b0}}, {((120 - DATA_WD) / 8){1'b1}}};
                            end
                        end
                        8: begin
                            if (DATA_WD == 64) begin
                                r_data_out <= {{(2 * DATA_WD - 128){1'b0}}, data_in[63:0]};
                                r_keep_out <= {{((2 * DATA_WD - 128) / 8){1'b0}}, {((128 - DATA_WD) / 8){1'b1}}};
                            end
                        end
                    endcase
                end
		endcase
    end
end








/****************************************r_ready_insert**************************************************/
always@(posedge clk) begin
    if (!rst_n ) begin // unable after first burst
        r_ready_insert <= 'd0;
    end else if (valid_insert) begin
        r_ready_insert <= 'd1;
    end else begin
        r_ready_insert <= 'd0;
    end
end

/****************************************r_ready_in**************************************************/
always @ (posedge clk) begin
    if (!rst_n ) begin // stable during whole period of a transfer
        r_ready_in <= 'd0;
    end else if (valid_in) begin
        r_ready_in <= 'd1;
    end else begin
        r_ready_in <= 'd0;
    end
end

/****************************************r_valid_out**************************************************/
always @(posedge clk) begin
    if (!rst_n) begin
        r_valid_out <= 0;
    end else if (ready_out) begin
        r_valid_out <= 1;
    end else begin
        r_valid_out <= 0;
    end
end

/****************************************r_last_out**************************************************/
always @(posedge clk) begin
    if (!rst_n || ready_insert || r_last_out) begin
        r_last_out <= 0;
        //r_keep_out <= 0;
    end
end
/****************************************compens**************************************************/
always @(posedge clk) begin
    if (!rst_n) begin
        compens <= 0;
    end

    end
/*----- delay the signal and data_in------*/
// Delay the axis_tvalid and axis_tlast signal by one clock cycle
// to match the latency of DATA
always @(posedge clk) begin
    if (!rst_n) begin
        data_in_delay_1 <= 0;
        data_in_delay <= 0;
    end else begin
        data_in_delay_1 <= data_in;
        data_in_delay <= data_in_delay_1;
    end
end

always @(posedge clk) begin
    if (!rst_n) begin
        keep_in_delay_1 <= 0;
        keep_in_delay <= 0;
    end else begin
        keep_in_delay_1 <= keep_in;
        keep_in_delay <= keep_in_delay_1;
    end
end

always @(posedge clk) begin
    if (!rst_n) begin
        las_in_delay_1 <= 1'b0;
        las_in_delay <= 1'b0;
    end else begin
        las_in_delay_1 <= las_in;
        las_in_delay <= las_in_delay_1;
    end
end

endmodule